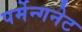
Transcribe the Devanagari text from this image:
पर्मेन्गनेट